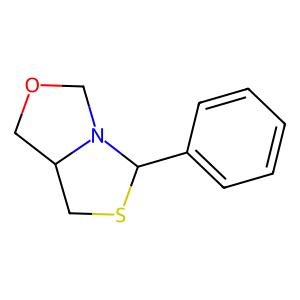
SMILES: c1ccc(C2SCC3COCN32)cc1
Inhibits HIV replication: No